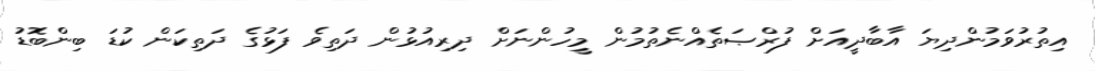
އިތުރުވަމުންދިޔަ އާބާދީއަށް ފުރްޞަތެއްނެތުމުން މީހުންނަށް ދިރިއުޅުން ދަތިވެ ފަޅުގެ ދަތިކަން ކުޑަ ބިންބޮޑު